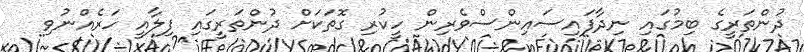
ދުންތަރީގެ ބިމުގައި ނިދާފައިސައިންސްވެރިން ހީކުރި ގޮތަކަށް ދުންތަރީގައި ފިލާއީ ހަރެއްނުވި